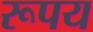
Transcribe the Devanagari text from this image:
रूपय